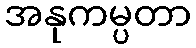
အနုကမ္ပတာ